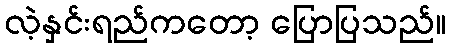
လဲ့နှင်းရည်ကတော့ ပြောပြသည်။